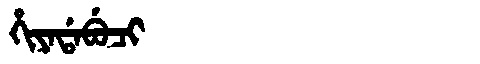
Manchu: ᡥᡳᠶᠠᡩᠠᠪᡠᠴᡳ
Romanization: HIYADABUCI